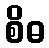
စိဓ